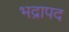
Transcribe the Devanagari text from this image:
भद्रापद